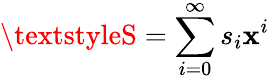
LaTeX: \textstyleS=\sum_{i=0}^{\infty}s_{i}\mathbf{x}^{i}